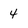
Character: 4